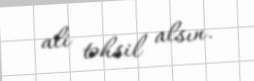
ali təhsil alsın.